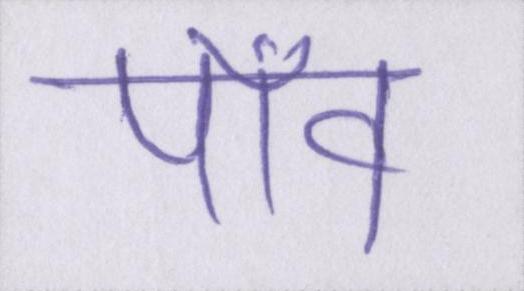
पाँव